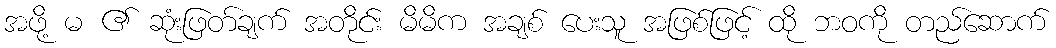
အဖို့ မ ၏ ဆုံးဖြတ်ချက် အတိုင်း မိမိက အချစ် ပေးသူ အဖြစ်ဖြင့် ထို ဘဝကို တည်ဆောက်